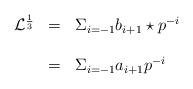
LaTeX: \begin{align*}\begin{array}{lcl}{\mathcal L}^{\frac{1}{3}}&=& \Sigma_{i=-1} b_{i+1} \star p^{-i}\\\\&=&{\Sigma}_{i=-1} a_{i+1}p^{-i} \end{array}\end{align*}